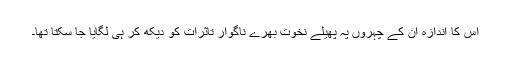
اس کا اندازہ ان کے چہروں پہ پھیلے نخوت بھرے ناگوار تاثرات کو دیکھ کر ہی لگایا جا سکتا تھا۔